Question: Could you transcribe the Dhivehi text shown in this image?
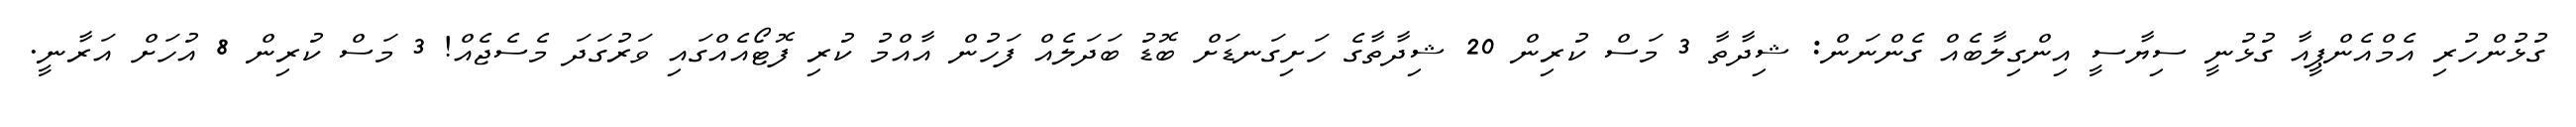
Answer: ގުޅުންހުރި އެމްއެންޕީއާ ގުޅުނީ ސިޔާސީ އިންގިލާބެއް ގެންނަން: ޝިދާތާ 3 މަސް ކުރިން 20 ޝިދާތާގެ ހަށިގަނޑަށް ބޮޑު ބަދަލެއް ފަހުން އާއްމު ކުރި ފޮޓޯއެއްގައި ވަރުގަދަ މެސެޖެއް! 3 މަސް ކުރިން 8 އުހަށް އަރާނީ.